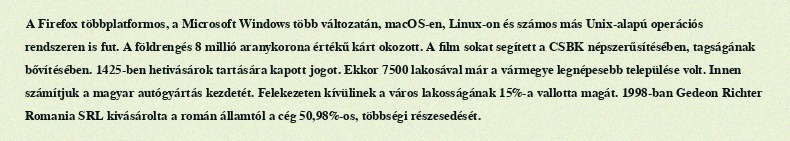
A Firefox többplatformos, a Microsoft Windows több változatán, macOS-en, Linux-on és számos más Unix-alapú operációs rendszeren is fut. A földrengés 8 millió aranykorona értékű kárt okozott. A film sokat segített a CSBK népszerűsítésében, tagságának bővítésében. 1425-ben hetivásárok tartására kapott jogot. Ekkor 7500 lakosával már a vármegye legnépesebb települése volt. Innen számítjuk a magyar autógyártás kezdetét. Felekezeten kívülinek a város lakosságának 15%-a vallotta magát. 1998-ban Gedeon Richter Romania SRL kivásárolta a román államtól a cég 50,98%-os, többségi részesedését.